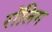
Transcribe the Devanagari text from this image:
रॉलिग